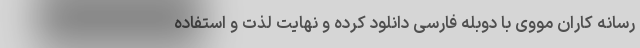
رسانه کاران مووی با دوبله فارسی دانلود کرده و نهایت لذت و استفاده